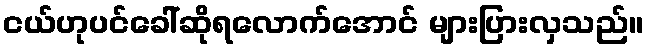
ငယ်ဟုပင်ခေါ်ဆိုရလောက်အောင် များပြားလှသည်။